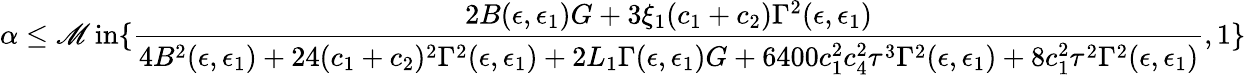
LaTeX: \alpha\le\operatorname*{\mathscr{M}in}\{ \frac{{2B(\epsilon,\epsilon_{1})G+3\xi_{1}(c_{1}+c_{2})\Gamma^{2}(\epsilon,\epsilon_{1})}}{{4B^{2}(\epsilon,\epsilon_{1})+24(c_{1}+c_{2})^{2}\Gamma^{2}(\epsilon,\epsilon_{1})+2L_{1}\Gamma(\epsilon,\epsilon_{1})G+6400c_{1}^{2}c_{4}^{2}\tau^{3}\Gamma^{2}(\epsilon,\epsilon_{1})+8c_{1}^{2}\tau^{2}\Gamma^{2}(\epsilon,\epsilon_{1})}},1\}